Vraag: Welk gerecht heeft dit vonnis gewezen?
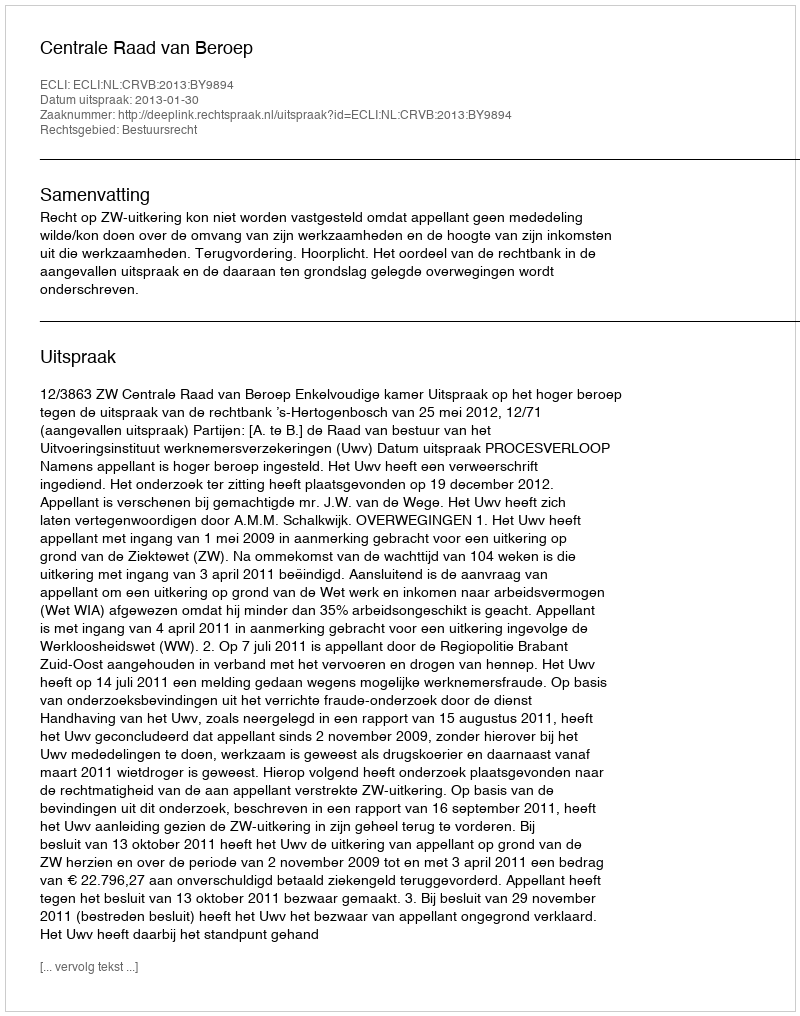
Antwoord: Centrale Raad van Beroep